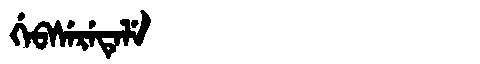
Manchu: ᡤᡝᠪᠰᡝᡵᡝᡨᡝᠯᡝ
Romanization: GEBSERETELE